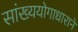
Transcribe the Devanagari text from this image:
सांख्ययोगाधाराने